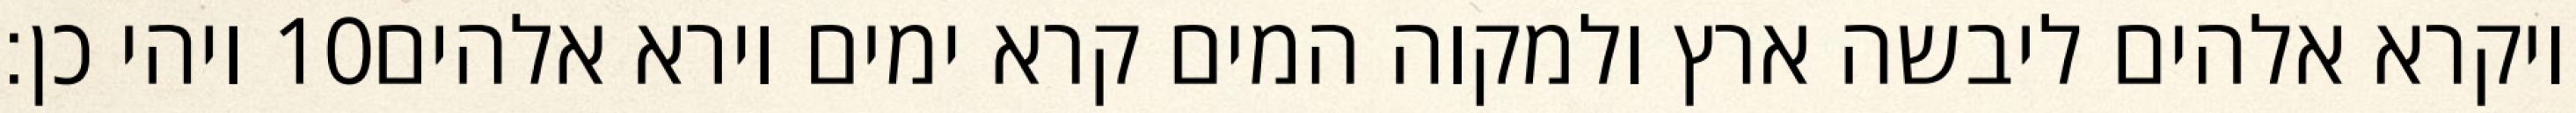
ויהי כן׃ ‎10‏ ויקרא אלהים ליבשה ארץ ולמקוה המים קרא ימים וירא אלהים